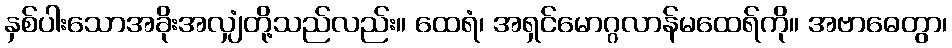
နှစ်ပါးသောအခိုးအလျှံတို့သည်လည်း။ ထေရံ၊ အရှင်မောဂ္ဂလာန်မထေရ်ကို။ အဗာဓေတွာ၊